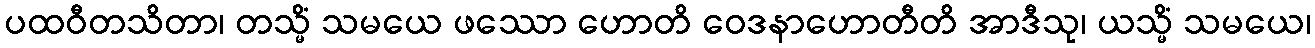
ပထဝီတသိတာ၊ တသ္မိံ သမယေ ဖဿော ဟောတိ ဝေဒနာဟောတီတိ အာဒီသု၊ ယသ္မိံ သမယေ၊